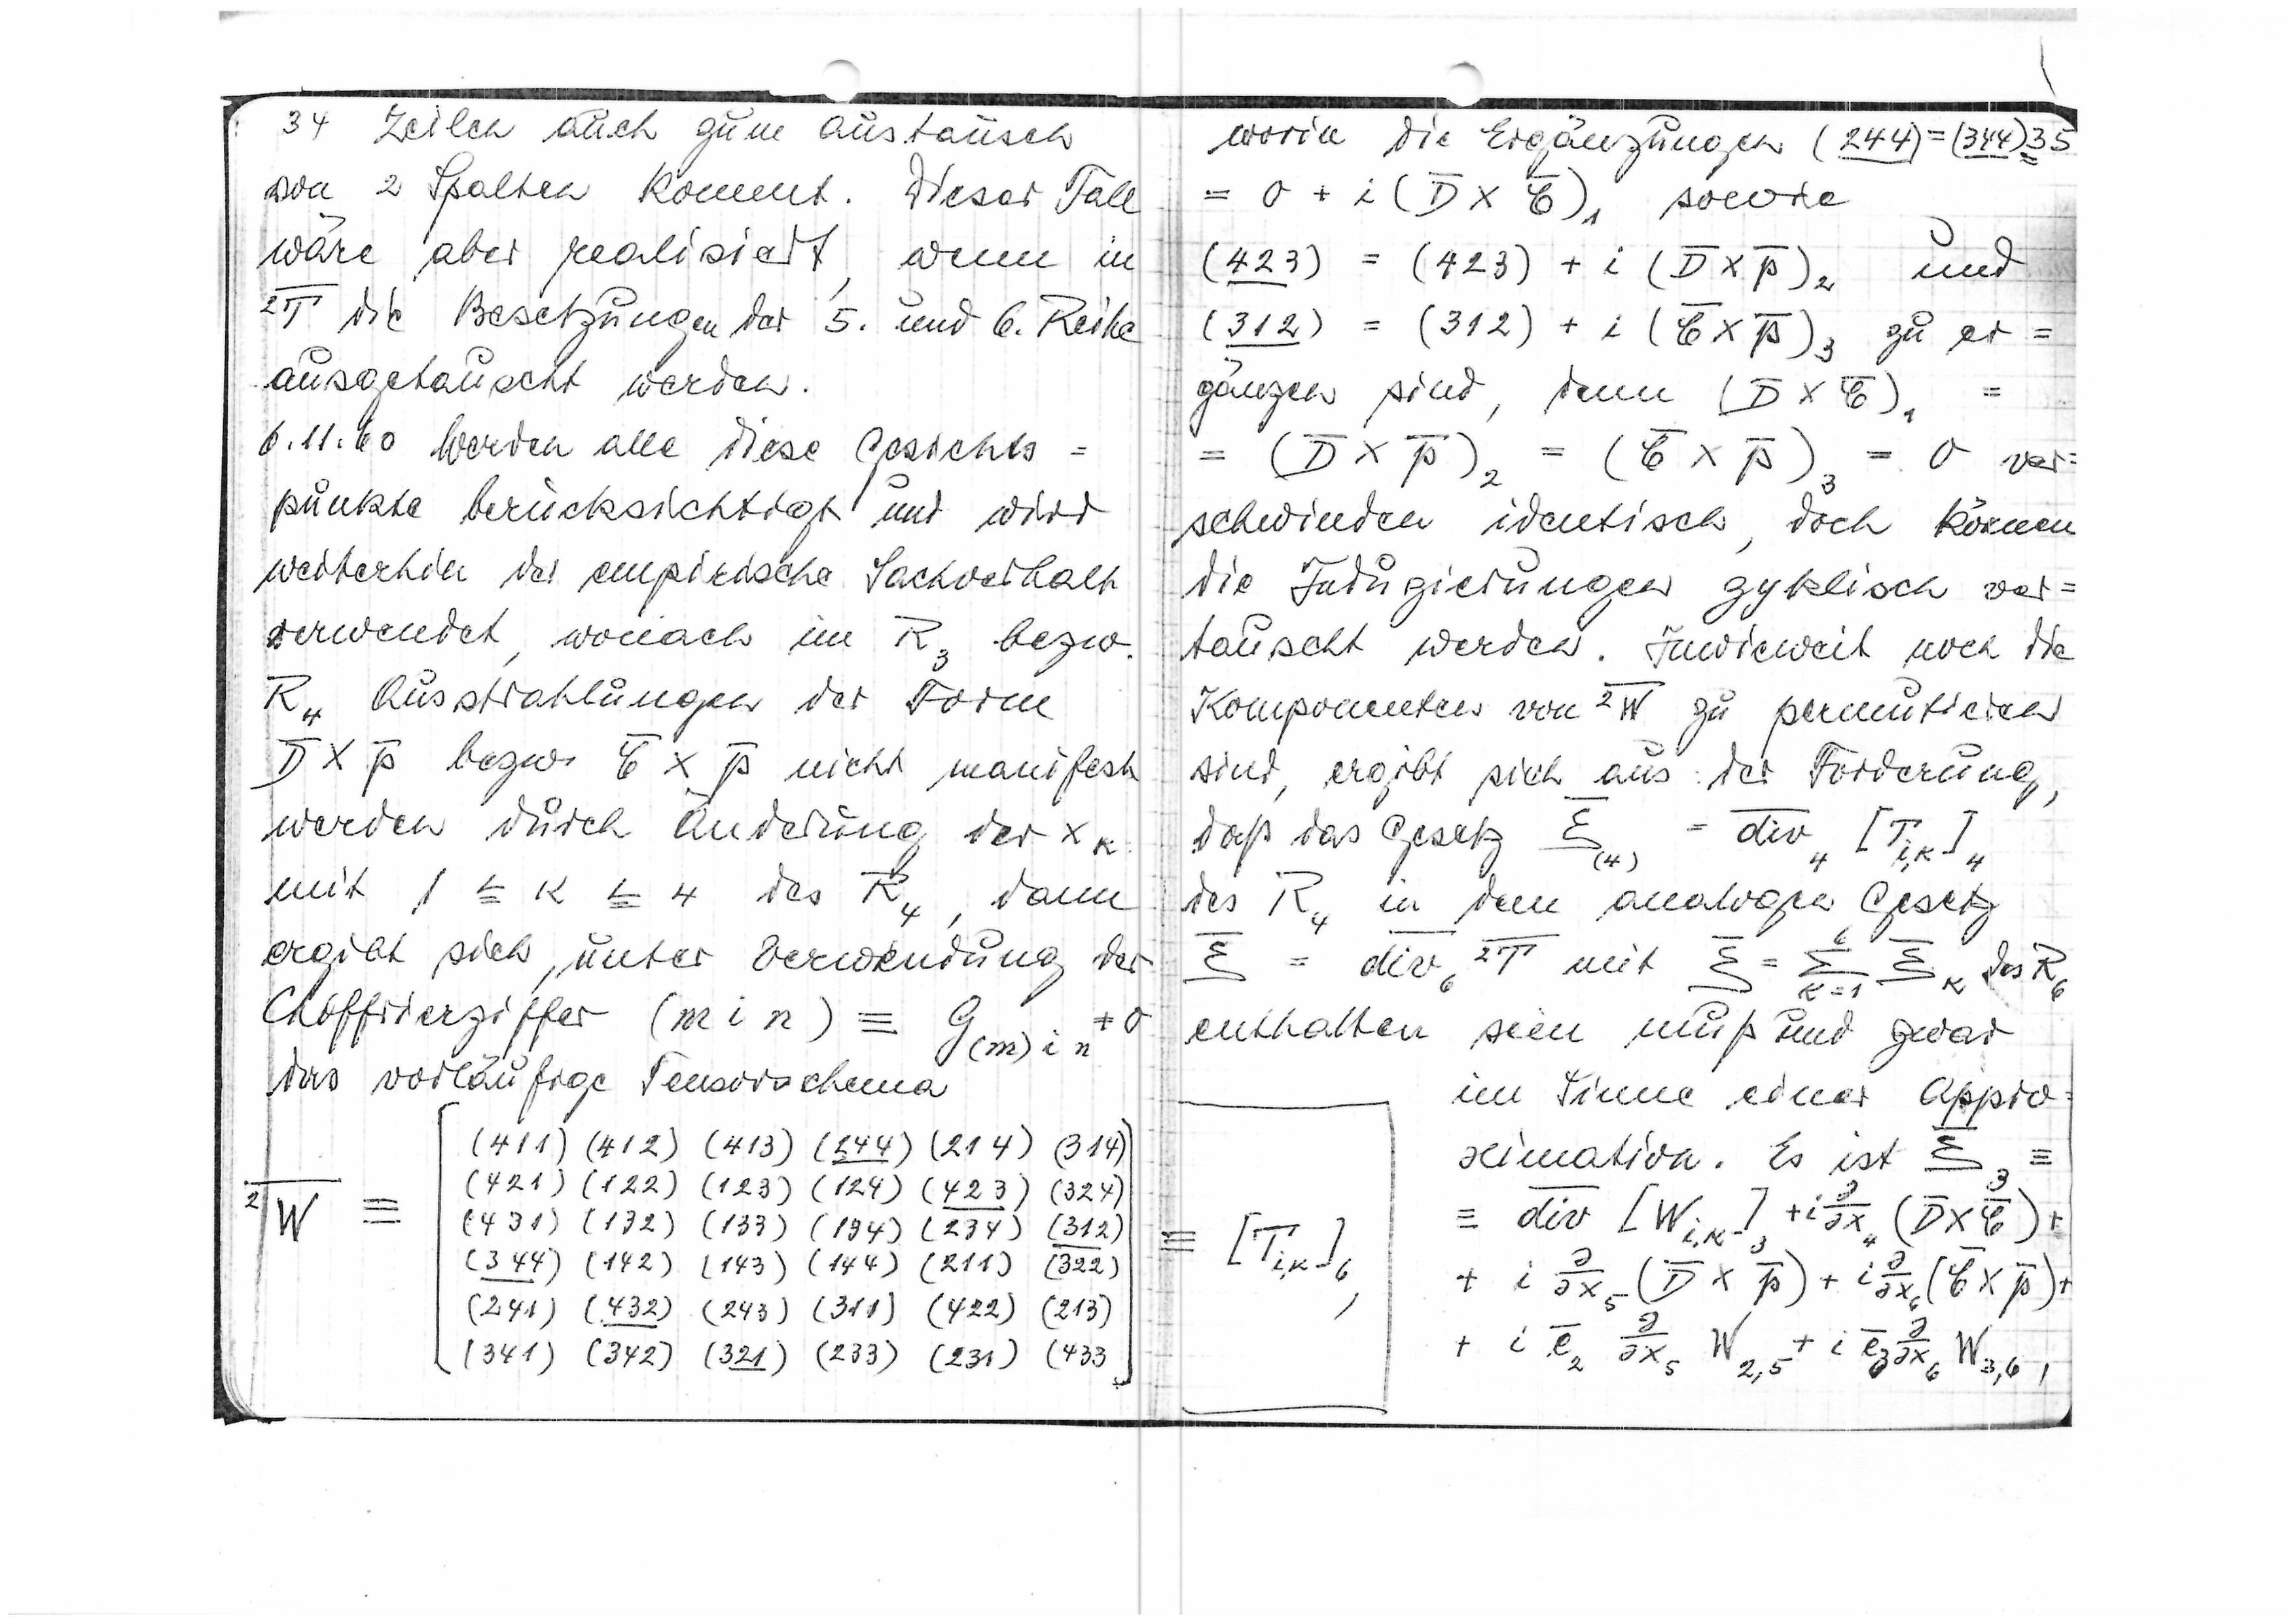
34 Zeilen auch zum Austausch
von 2 Spalten kommt.
Dieser Teil
wäre aber realisiert,
wenn in
2T die Besetzungen der 5. und 6. Reihe
ausgetauscht werden.
6.11.60. Werden alle diese Gesichts
=
punkte berücksichtigt und wird
weiterhin der empirische Sachverhalt
verwendet, wonach im R3 bzw.
R4 Ausstrahlungen der Form
D X p bzw. ξ x p nicht manifest
werden durch Änderung der xk
mit l < k < 4 des R4,
dann
ergibt sich unter Verwendung der
Chiffrierziffer (m i n) =
das vorläufige Tensorschema
(411) (412) (413) (244) (214)
(314)
(421)(122)(123)(124)(423)
(324)
(430)(132)(133)(134)(234)
W
(312)
(344)(142)(143)(144)
(211)
(322)
(422)
(213)
(241)(432)(243)(311)
(231)(433
(341)(342)(321)(233)

worin die Ergänzungen (244)=(344) 35
= 0 + i(D x ξ)1 sowie
(423)=(423)+ i(Dxp)2
und
(312)=(312) + i(ξ x p)3 zu er=
gänzen sind, denn (D x ξ)1
=
(D x p)2 = (ξ x p)3 = 0 ver
schwinden identisch, doch können
die Indizierungen zyklisch ver=
tauscht werden. Inwieweit nach die
Komponenten von 2W zu perutieren
sind, ergibt sich aus der Forderung
daß das Gesetz
des R4 in dem analogen Gesetz
enthalten
sein muß und zwar
im Sinne einer Appro
ximation. Er ist ξ =